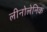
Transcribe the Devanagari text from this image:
लीनोलेनिक